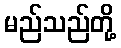
မည်သည်တို့